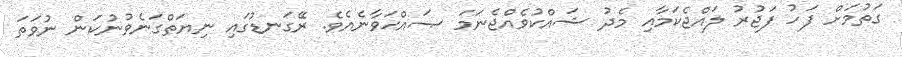
ގަތުމަށް ފަހު ފަޖުރު ލައްޖެކަމާއި މެދު ޝައްކުވެއްޖެނަމަ ޞައްޙަވާނެއެވެ. ރޭގަނޑުގައި ނިޔަތްގަނެވުނުކަން ނުވަތަ